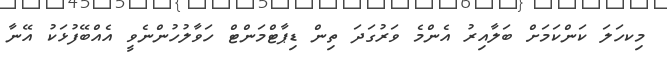
މިކހަލަ ކަންކަމަށް ބަލާއިރު އެންމެ ވަރުގަދަ ތިން ޑިޕާޓްމަންޓް ހަވާލުހުންނެވީ އެއްބޭފުޅަކު އޭނާ